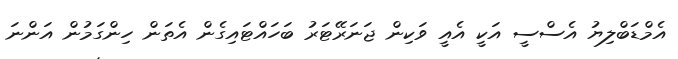
އެމްޑަބްލިޔު އެސްސީ އަކީ އެއީ ވަކިން ޖަނަރޭޓަރު ބަހައްޓައިގެން އެތަން ހިންގަމުން އަންނަ